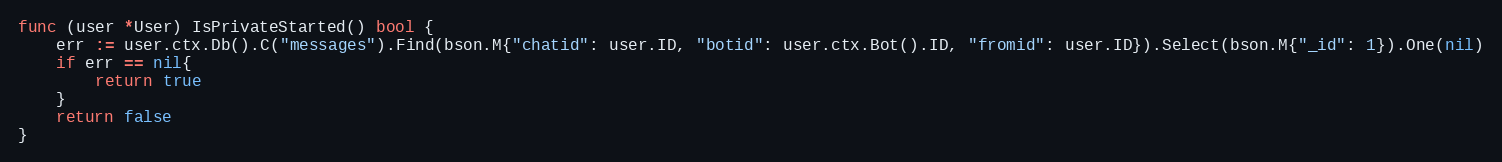
Language: Go
func (user *User) IsPrivateStarted() bool {
	err := user.ctx.Db().C("messages").Find(bson.M{"chatid": user.ID, "botid": user.ctx.Bot().ID, "fromid": user.ID}).Select(bson.M{"_id": 1}).One(nil)
	if err == nil{
		return true
	}
	return false
}